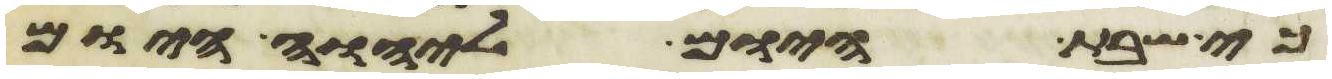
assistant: כי שבת היום ליהוה היום